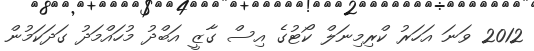
2012 ވަނަ އަހަރު ކްރިމިނަލް ކޯޓުގެ އިސް ގާޒީ އަބްދު މުހައްމަދު ގަދަކަމުން